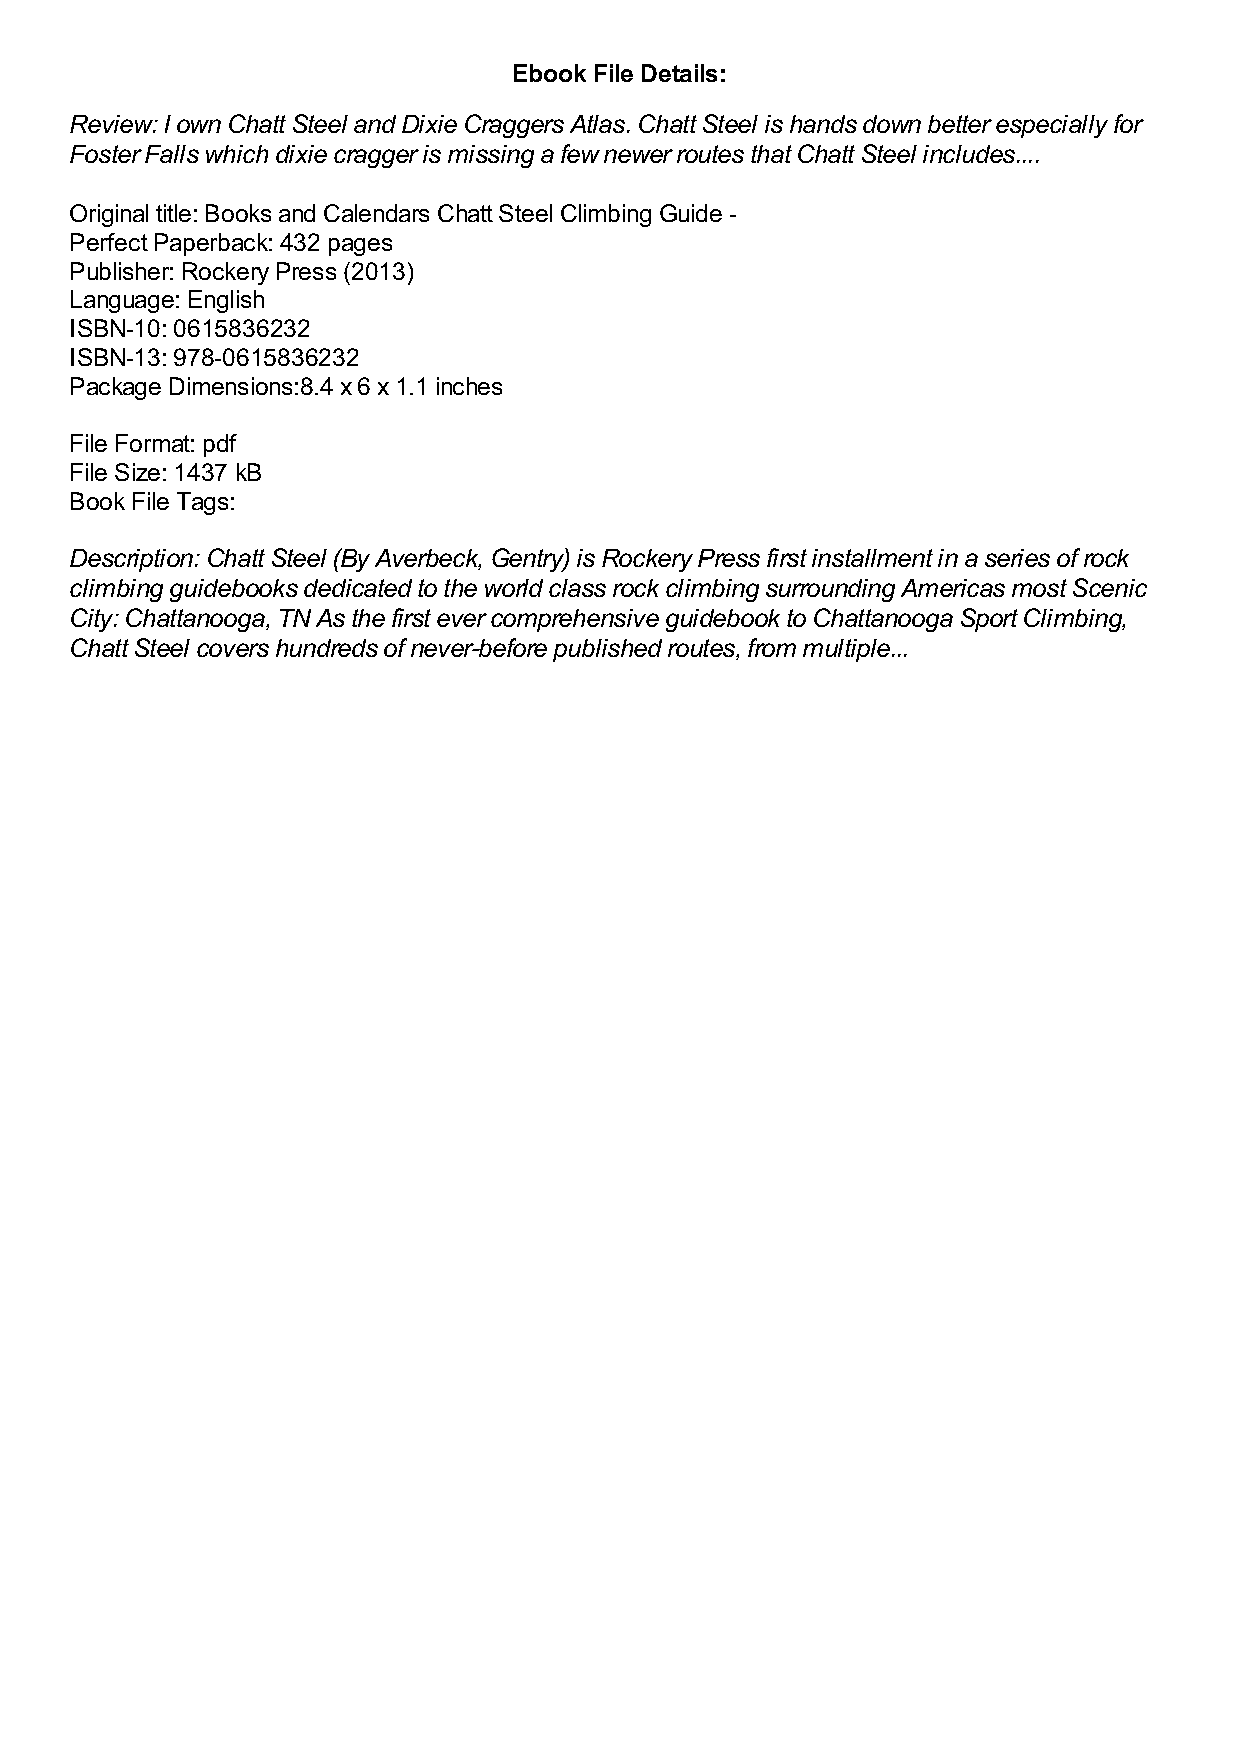
Ebook File Details:
 Review: I own Chatt Steel and Dixie Craggers Atlas. Chatt Steel is hands down better especially for
 Foster Falls which dixie cragger is missing a few newer routes that Chatt Steel includes....
 Original title: Books and Calendars Chatt Steel Climbing Guide -
 Perfect Paperback: 432 pages
 Publisher: Rockery Press (2013)
 Language: English
 ISBN-10: 0615836232
 ISBN-13: 978-0615836232
 Package Dimensions:8.4 x 6 x 1.1 inches
 File Format: pdf
 File Size: 1437 kB
 Book File Tags:
 Description: Chatt Steel (By Averbeck, Gentry) is Rockery Press first installment in a series of rock
 climbing guidebooks dedicated to the world class rock climbing surrounding Americas most Scenic
 City: Chattanooga, TN As the first ever comprehensive guidebook to Chattanooga Sport Climbing,
 Chatt Steel covers hundreds of never-before published routes, from multiple...